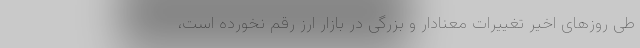
طی روزهای اخیر تغییرات معنادار و بزرگی در بازار ارز رقم نخورده است،